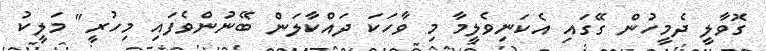
ގޮވާލީ ދެމީހުން ގޭގައި އެކަނިވެލީމާ މި ވާހަކަ ދައްކާލަން ބޭނުންވެފައި މިހުރީ" މަލީކު